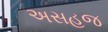
અસહજ